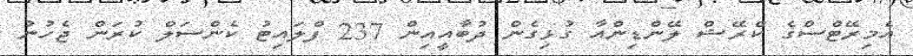
އެމިރޭޓްސްގެ ކްރޭޝް ލޭންޑިންއާ ގުޅިގެން ދުބާއީއިން 237 ފްލައިޓު ކެންސަލް ކުރަން ޖެހުނު